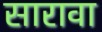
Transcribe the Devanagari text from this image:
सारावा